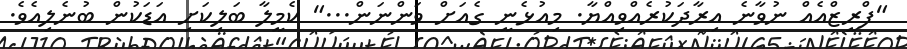
"ފްރީޒްއެއް ނުވާނެ އިރާދަކުރެއްވިއްޔާ. މިއުޅެނީ ގެއަށް ވަންނަން..." ކެމީލާ ބަލިކަށި އަޑަކުން ބުނެލިއެވެ.